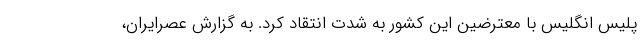
پلیس انگلیس با معترضین این کشور به شدت انتقاد کرد. به گزارش عصرایران،